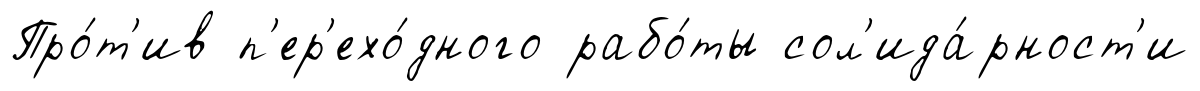
Про́т'ив п'ер'ехо́дного рабо́ты сол'ида́рност'и